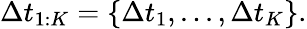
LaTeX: \Delta t_{1:K}=\left\{ \Delta t_{1},...,\Delta t_{K}\right\} .